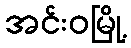
အင်းဝမြို့